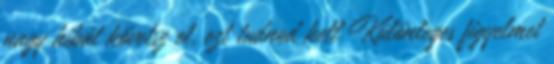
nagy hibát követsz el, ezt tudnod kell Különleges figyelmet